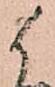
候